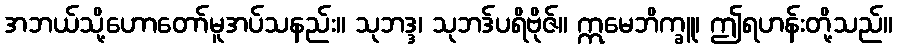
အဘယ်သို့ဟောတော်မူအပ်သနည်း။ သုဘဒ္ဒ၊ သုဘဒ်ပရိဗိုဇ်။ ဣမေဘိက္ခူ၊ ဤရဟန်းတို့သည်။